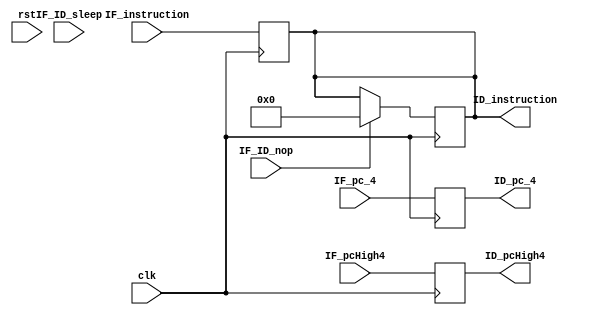
module IF_ID(
    input [31:0] IF_pc_4,
    input [31:0] IF_instruction,
    input [3:0] IF_pcHigh4,

    output reg [31:0] ID_pc_4,
    output reg [31:0] ID_instruction,
    output reg  [3:0] ID_pcHigh4,

    input IF_ID_sleep, IF_ID_nop,
    input clk, rst
);

    always @(posedge clk) begin
        if(IF_ID_nop) 
            ID_instruction = 0;
    end

    always @(negedge clk)
        begin
            ID_pc_4 = IF_pc_4;
            ID_instruction = IF_instruction;
            ID_pcHigh4 = IF_pcHigh4;
        end

endmodule